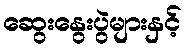
ဆွေးနွေးပွဲများနှင့်